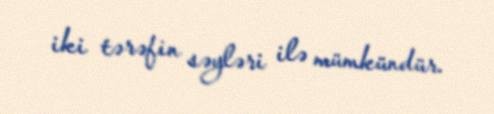
iki tərəfin səyləri ilə mümkündür.